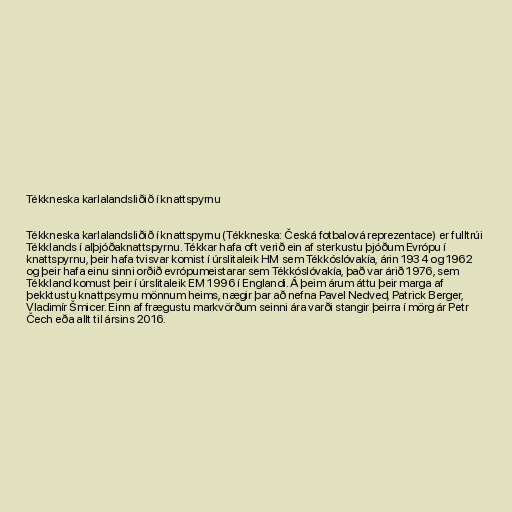
Tékkneska karlalandsliðið í knattspyrnu

Tékkneska karlalandsliðið í knattspyrnu (Tékkneska: Česká fotbalová reprezentace) er fulltrúi
Tékklands í alþjóðaknattspyrnu. Tékkar hafa oft verið ein af sterkustu þjóðum Evrópu í
knattspyrnu, þeir hafa tvisvar komist í úrslitaleik HM sem Tékkóslóvakía, árin 1934 og 1962
og þeir hafa einu sinni orðið evrópumeistarar sem Tékkóslóvakía, það var árið 1976, sem
Tékkland komust þeir í úrslitaleik EM 1996 í Englandi. Á þeim árum áttu þeir marga af
þekktustu knattpsyrnu mönnum heims, nægir þar að nefna Pavel Nedved, Patrick Berger,
Vladimír Šmicer. Einn af frægustu markvörðum seinni ára varði stangir þeirra í mörg ár Petr
Čech eða allt til ársins 2016.